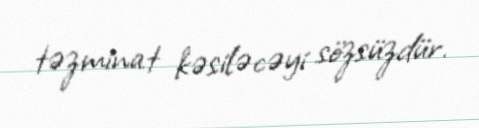
təzminat kəsiləcəyi sözsüzdür.